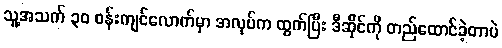
သူ့အသက် ၃၀ ဝန်းကျင်လောက်မှာ အလုပ်က ထွက်ပြီး ဒီဆိုင်ကို တည်ထောင်ခဲ့တာပဲ